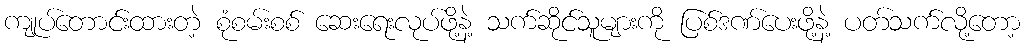
ကျုပ်တောင်းထားတဲ့ စုံစမ်းစစ် ဆေးရေးလုပ်ဖို့နဲ့ သက်ဆိုင်သူများကို ပြစ်ဒဏ်ပေးဖို့နဲ့ ပတ်သက်လို့တော့